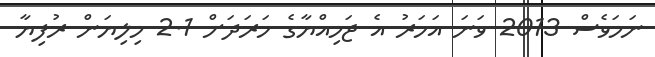
ނަމަވެސް 2013 ވަނަ އަހަރު އެ ޖަމިއްޔާގެ ހަރަދަށް 2.1 މިލިޔަން ރުފިޔާ